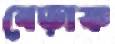
বেড়াক